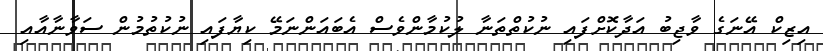
އިޒިކް އޭނަގެ ވާޖިބު އަދާކޮށްފައި ނުކުތްތަނާ ލުކުމާންވެސް އެބައަންނަމޭ ކިޔާފައި ނުކުތުމުން ސަވާނާއާއި